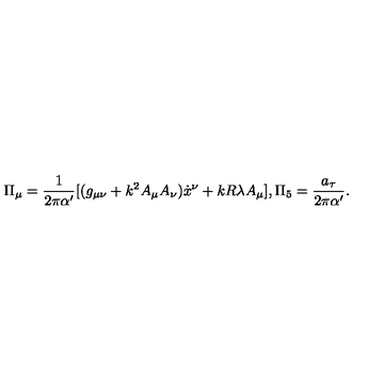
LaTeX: \Pi _ { \mu } = \frac { 1 } { 2 \pi \alpha ^ { \prime } } [ ( g _ { \mu \nu } + k ^ { 2 } A _ { \mu } A _ { \nu } ) { \dot { x } } ^ { \nu } + k R \lambda A _ { \mu } ] , \Pi _ { 5 } = \frac { a _ { \tau } } { 2 \pi { \alpha ^ { \prime } } } .